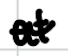
Text: at
Cross-out: wave
Writing tool: digital_black